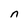
Character: n